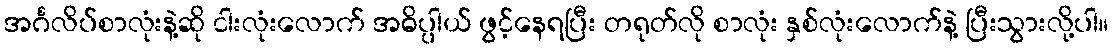
အင်္ဂလိပ်စာလုံးနဲ့ဆို ငါးလုံးလောက် အဓိပ္ပါယ် ဖွင့်နေရပြီး တရုတ်လို စာလုံး နှစ်လုံးလောက်နဲ့ ပြီးသွားလို့ပါ။